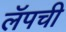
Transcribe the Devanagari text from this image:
लॅपची